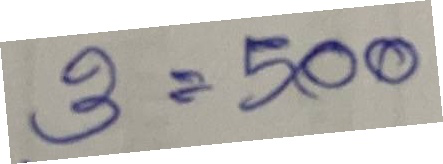
3 = 500